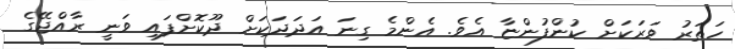
ހަތަރު ވަރަކަށް ކުންފުންޏާ އެވެ. އެންމެ ގިނަ އަދަދަކަށް ދޫކޮށްފައި ވަނީ ރާއްޖޭގެ